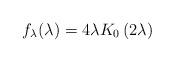
LaTeX: \begin{align*}f_{\lambda}(\lambda)=4\lambda K_0\left( 2 \lambda \right)\end{align*}